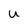
Character: u